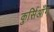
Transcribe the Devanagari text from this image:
कुर्सिआँग